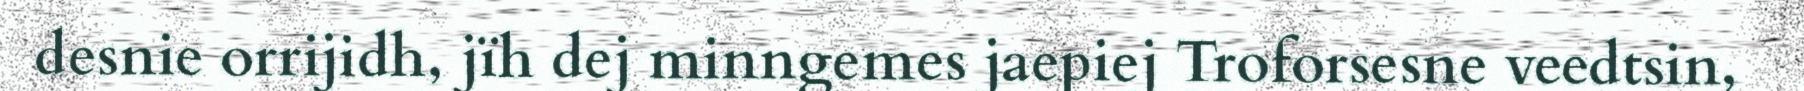
desnie orrijidh, jïh dej minngemes jaepiej Troforsesne veedtsin,